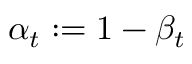
\alpha _ { t } : = 1 - \beta _ { t }